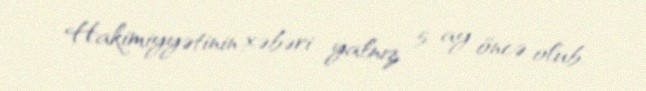
Hakimiyyətinin xəbəri yalnız 5 ay öncə olub.